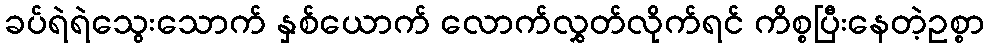
ခပ်ရဲရဲသွေးသောက် နှစ်ယောက် လောက်လွှတ်လိုက်ရင် ကိစ္စပြီးနေတဲ့ဥစ္စာ